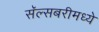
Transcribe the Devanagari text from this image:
सॅल्सबरीमध्ये